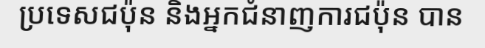
ប្រទេសជប៉ុន និងអ្នកជំនាញការជប៉ុន បាន